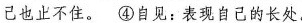
己也止不住。④自见：表现自己的长处。